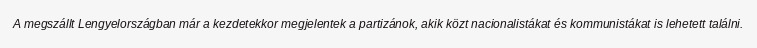
A megszállt Lengyelországban már a kezdetekkor megjelentek a partizánok, akik közt nacionalistákat és kommunistákat is lehetett találni.